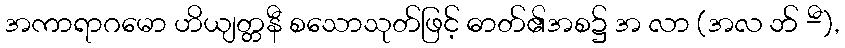
အကာရာဂမော ဟိယျတ္တနီ စသောသုတ်ဖြင့် ဓာတ်၏အစ၌ အ လာ (အလ ဘ် -ီ),